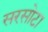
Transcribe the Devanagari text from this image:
सरसोटा